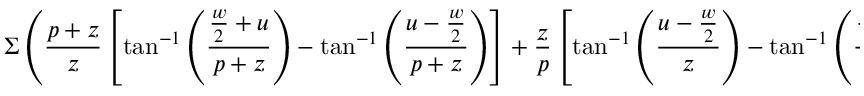
\Sigma \left( \frac { p + z } { z } \left[ \tan ^ { - 1 } \left( \frac { \frac { w } { 2 } + u } { p + z } \right) - \tan ^ { - 1 } \left( \frac { u - \frac { w } { 2 } } { p + z } \right) \right] + \frac { z } { p } \left[ \tan ^ { - 1 } \left( \frac { u - \frac { w } { 2 } } { z } \right) - \tan ^ { - 1 } \left( \frac { \frac { w } { 2 } + u } { z } \right) \right] \right)